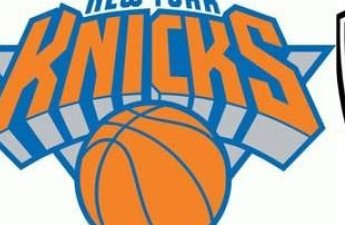
KNICKS